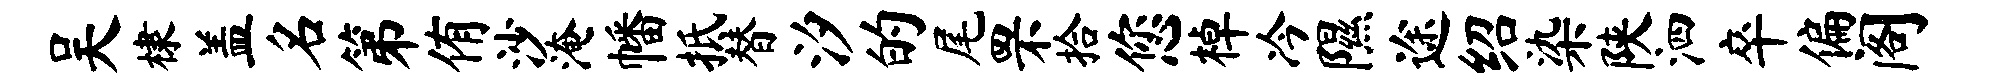
吴棣盖名第侑沙淹幡抵替汐的尾罘拾您棹冷隰途绍染陕泗卒偏阁